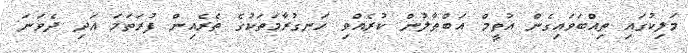
މަލިކުގައި ތިއްބަވައިގެން އުތީމް އަބްޠާލުން ކުރެއްވި ހަނގުރާމަތަކުގެ ތެރެއިން ފުރަތަމަ އަދި ދެވަނަ